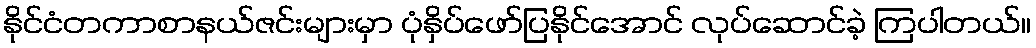
နိုင်ငံတကာစာနယ်ဇင်းများမှာ ပုံနှိပ်ဖော်ပြနိုင်အောင် လုပ်ဆောင်ခဲ့ ကြပါတယ်။